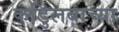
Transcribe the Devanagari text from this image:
कडुिलबाच्या